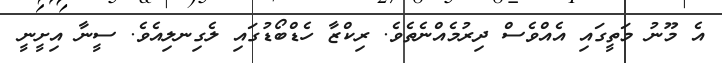
އެ މޫނު މަތީގައި އެއްވެސް ދިރުމެއްނެތެވެ. ރިކްޒާ ހެޑްބޯޑުގައި ލެގިނލިއެވެ. ސީނާ އިށީނީ